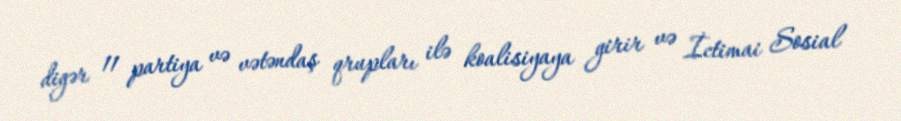
digər 11 partiya və vətəndaş qrupları ilə koalisiyaya girir və İctimai Sosial